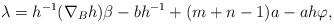
LaTeX: \begin{align*}\lambda=h^{-1}(\nabla_{B}h)\beta-bh^{-1}+(m+n-1)a-ah\varphi,\end{align*}